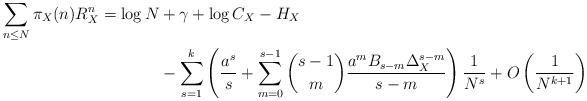
LaTeX: \begin{align*}\sum_{n \leq N} \pi_{X}(n) R_{X}^{n} = \log N &+ \gamma+ \log C_{X}- H_{X} \\& - \sum_{s=1}^{k} \left( \frac{a^{s}}{s}+ \sum_{m=0}^{s-1} \binom{s-1}{m} \frac{a^{m} B_{s-m} \Delta_{X}^{s-m}}{s-m} \right) \frac{1}{N^{s}}+ O \left( \frac{1}{N^{k+1}} \right) \end{align*}